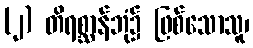
(၂) တိရစ္ဆာန်ဘုံ၌ ဖြစ်သောသူ၊